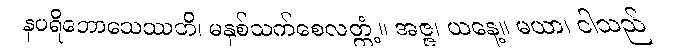
နပရိဘောသေဿတိ၊ မနှစ်သက်စေလတ္တံ့။ အဇ္ဇ၊ ယနေ့။ မယာ၊ ငါသည်